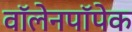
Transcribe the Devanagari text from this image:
वॉलेनपॉपेक